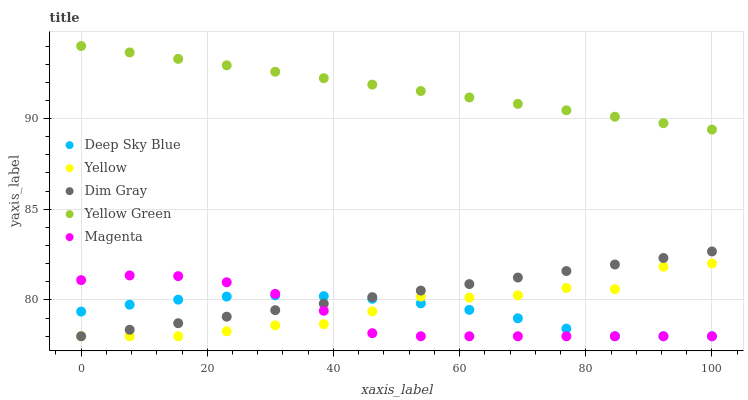
| xaxis_label | Deep Sky Blue | Yellow | Dim Gray | Yellow Green | Magenta |
 | --- | --- | --- | --- | --- | --- |
 | 0 | 79.4 | 78 | 78 | 94 | 81.1 |
 | 7.69 | 79.7 | 78 | 78.4 | 93.6 | 81.4 |
 | 15.4 | 80 | 78 | 78.7 | 93.3 | 81.3 |
 | 23.1 | 80.2 | 78.3 | 79.1 | 92.9 | 81 |
 | 30.8 | 80.3 | 78.6 | 79.4 | 92.6 | 80.3 |
 | 38.5 | 80.2 | 78.7 | 79.8 | 92.2 | 79.4 |
 | 46.2 | 80.1 | 79.4 | 80.2 | 91.9 | 78.2 |
 | 53.8 | 79.8 | 80.2 | 80.5 | 91.5 | 78 |
 | 61.5 | 79.5 | 80.1 | 80.9 | 91.2 | 78 |
 | 69.2 | 79 | 80.3 | 81.2 | 90.8 | 78 |
 | 76.9 | 78.4 | 80.7 | 81.6 | 90.5 | 78 |
 | 84.6 | 78 | 80.6 | 82 | 90.1 | 78 |
 | 92.3 | 78 | 81.8 | 82.3 | 89.7 | 78 |
 | 100 | 78 | 82 | 82.7 | 89.4 | 78 |